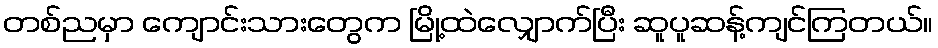
တစ်ညမှာ ကျောင်းသားတွေက မြို့ထဲလျှောက်ပြီး ဆူပူဆန့်ကျင်ကြတယ်။